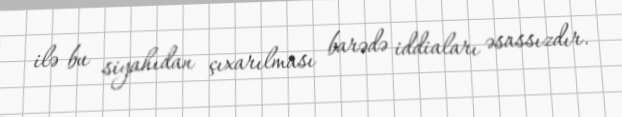
ilə bu siyahıdan çıxarılması barədə iddiaları əsassızdır.